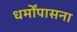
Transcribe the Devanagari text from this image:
धर्मोंपासना